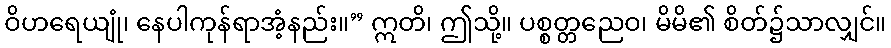
ဝိဟရေယျုံ၊ နေပါကုန်ရာအံ့နည်း။” ဣတိ၊ ဤသို့။ ပစ္စတ္တညေဝ၊ မိမိ၏ စိတ်၌သာလျှင်။